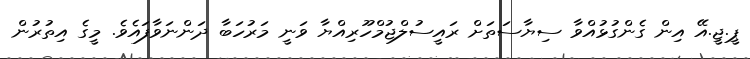
ޕީ.ޖީ.އޭ އިން ގެންގުޅުއްވާ ސިޔާސަތަށް ރައީސުލްޖުމްހޫރިއްޔާ ވަނީ މަރުހަބާ ދަންނަވާފައެވެ. މީގެ އިތުރުން